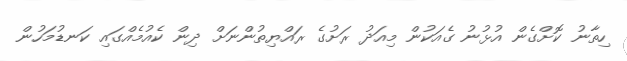
ހިތާނު ކޮށްގެން އުޅުނު ގެއަކުން މިއަދު ރަށުގެ ރައްޔިތުންނަށް ދިން ކެއުމެއްގައި ކަނޑުމަހުން